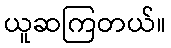
ယူဆကြတယ်။